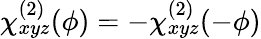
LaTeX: \chi_{xyz}^{(2)}(\phi)=-\chi_{xyz}^{(2)}(-\phi)